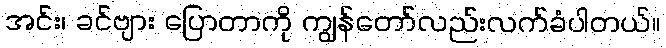
အင်း၊ ခင်ဗျား ပြောတာကို ကျွန်တော်လည်းလက်ခံပါတယ်။